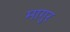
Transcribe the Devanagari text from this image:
मागुर